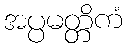
အပ္ပမတ္တိကံ